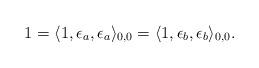
LaTeX: \begin{align*}1=\langle 1,\epsilon_a,\epsilon_a\rangle_{0,0}=\langle 1,\epsilon_b,\epsilon_b\rangle_{0,0}.\end{align*}